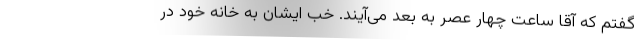
گفتم که آقا ساعت چهار عصر به بعد می‌آیند. خب ایشان به خانه خود در